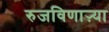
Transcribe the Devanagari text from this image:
रुजविणाऱ्या